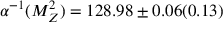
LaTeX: \alpha ^ { - 1 } ( M _ { Z } ^ { 2 } ) = 1 2 8 . 9 8 \pm 0 . 0 6 ( 0 . 1 3 )